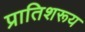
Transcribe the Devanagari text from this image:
प्रातिशरूय